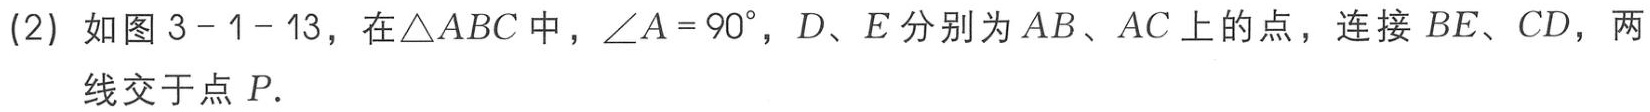
(2) 如图 3 - 1 - 13，在$\triangle ABC$中，$\angle A = 90^{\circ}$，$D、E$分别为$AB、AC$上的点，连接$BE、CD$，两线交于点$P.$